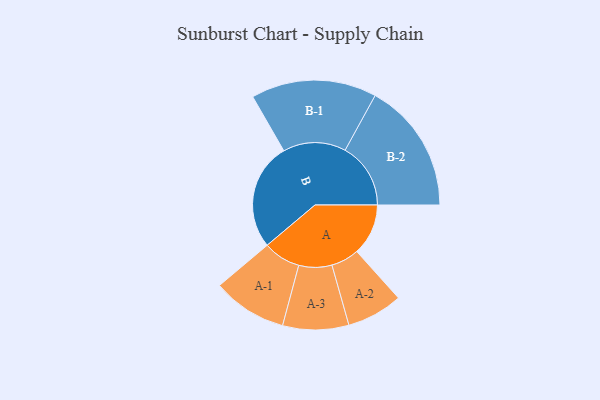
{"axis": {"x": "Segment", "y": "Value"}, "legend": ["", "A", "B"], "data": [{"x": "A", "y": 226, "type": ""}, {"x": "B", "y": 471, "type": ""}, {"x": "A-1", "y": 164, "type": "A"}, {"x": "A-2", "y": 123, "type": "A"}, {"x": "A-3", "y": 145, "type": "A"}, {"x": "B-1", "y": 276, "type": "B"}, {"x": "B-2", "y": 288, "type": "B"}]}